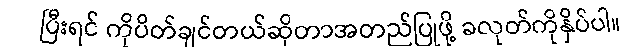
ပြီးရင် ကိုပိတ်ချင်တယ်ဆိုတာအတည်ပြုဖို့ ခလုတ်ကိုနှိပ်ပါ။